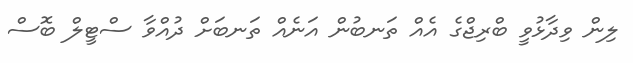
ލިން ވިދާޅުވީ ބްރިޖްގެ އެއް ތަނބުން އަނެއް ތަނބަށް ދުއްވާ ސްޓީލް ބޮސް